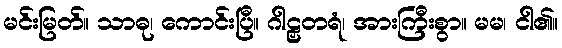
မင်းမြတ်။ သာဓု၊ ကောင်းပြီ။ ဂါဠှတရံ၊ အားကြီးစွာ။ မမ၊ ငါ၏။